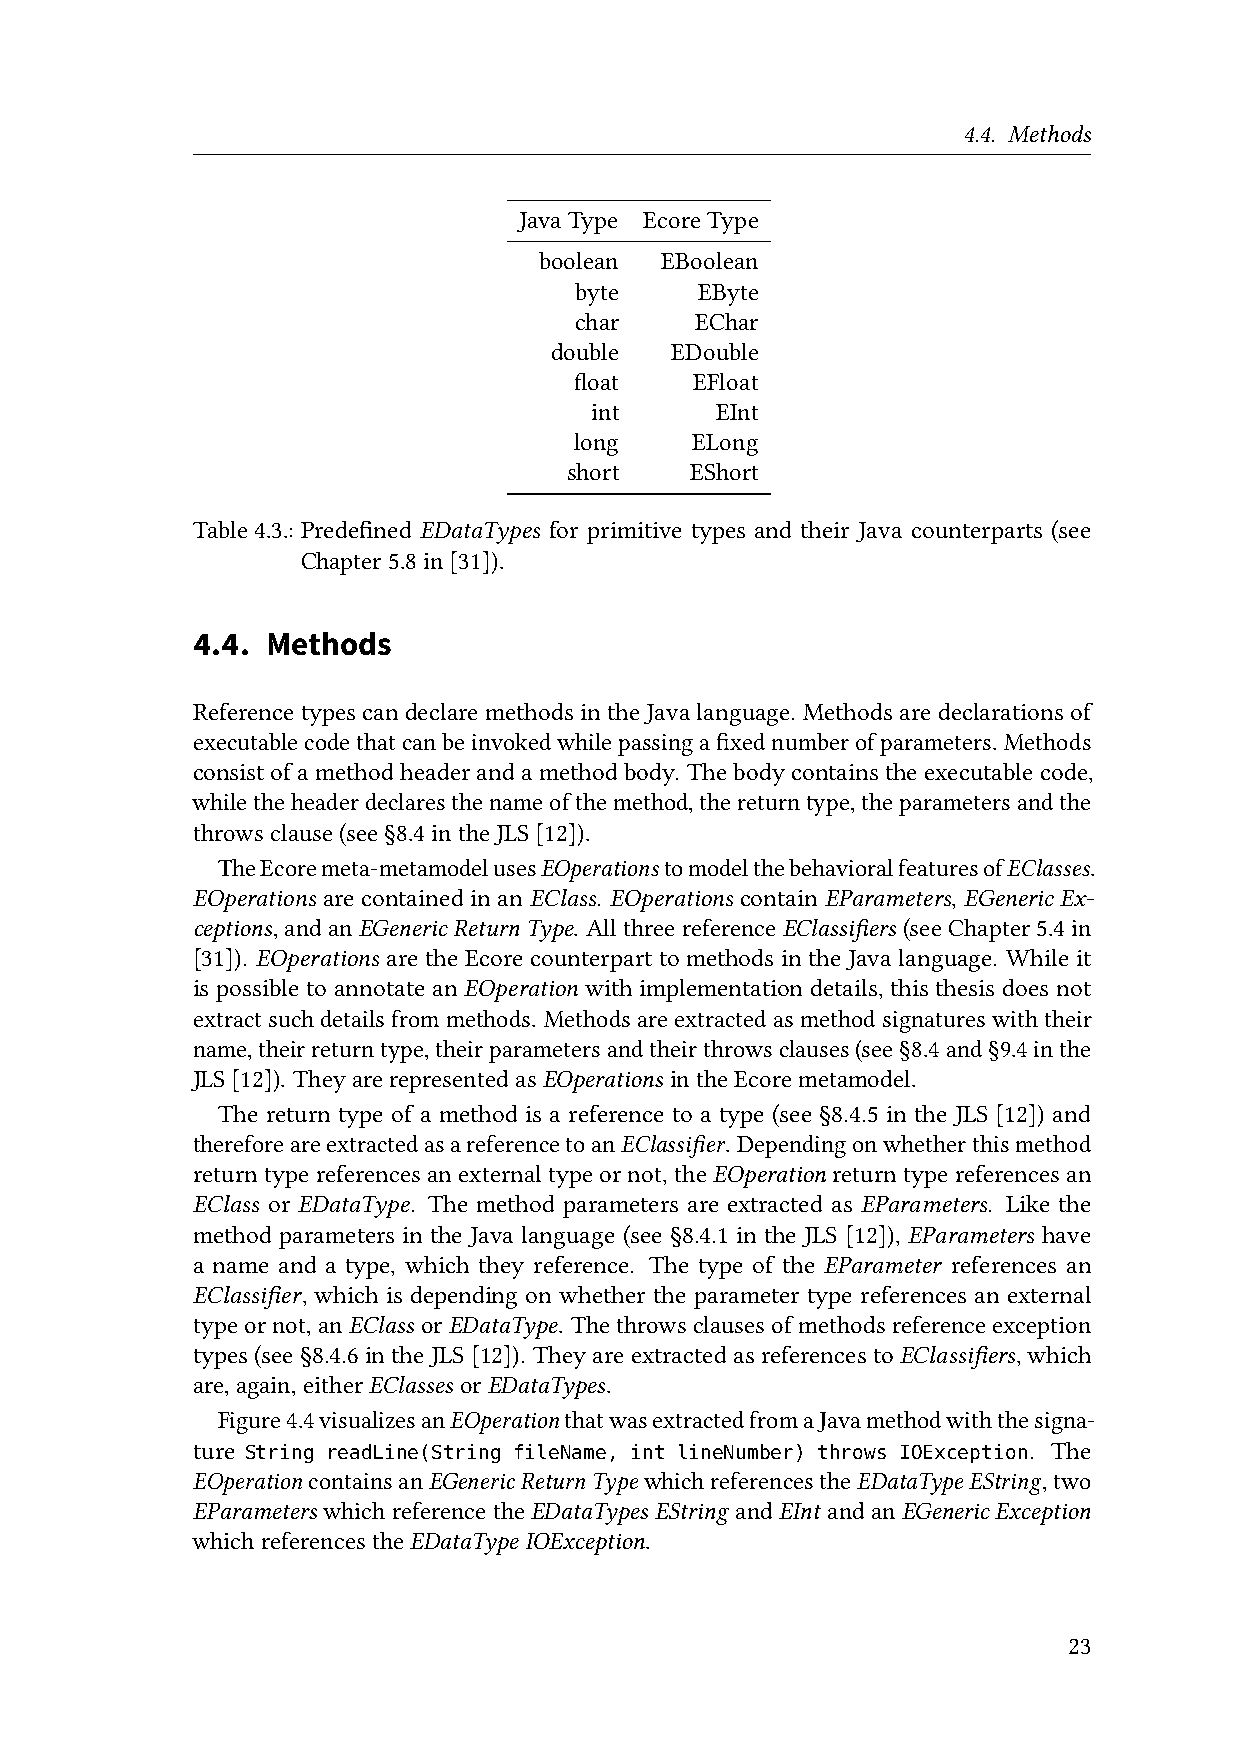
4.4. Methods
 JavaType EcoreType
 boolean EBoolean
 byte    EByte
 char    EChar
 double  EDouble
 float   EFloat
 int     EInt
 long    ELong
 short    EShort
 Table4.3.:Predefined EDataTypes for primitive types and their Java counterparts (see
 Chapter5.8in[31]).
 4.4. Methods
 Reference types candeclare methodsin theJavalanguage. Methodsare declarations of
 executablecodethatcanbeinvokedwhilepassingafixednumberofparameters. Methods
 consistofamethodheaderandamethodbody. Thebodycontainstheexecutablecode,
 whiletheheaderdeclaresthenameofthemethod,thereturntype,theparametersandthe
 throwsclause(see§8.4intheJLS[12]).
 TheEcoremeta-metamodelusesEOperationstomodelthebehavioralfeaturesofEClasses.
 EOperations are contained in an EClass. EOperations contain EParameters, EGeneric Ex-
 ceptions,andan EGenericReturnType. Allthreereference EClassifiers (seeChapter5.4in
 [31]). EOperations are the Ecore counterpart to methods in the Java language. While it
 is possible to annotate an EOperation with implementation details, this thesis does not
 extractsuchdetailsfrommethods. Methodsareextractedasmethodsignatureswiththeir
 name,theirreturntype,theirparametersandtheirthrowsclauses(see§8.4and§9.4inthe
 JLS[12]). TheyarerepresentedasEOperations intheEcoremetamodel.
 The return type of a method is a reference to a type (see §8.4.5 in the JLS [12]) and
 thereforeareextractedasareferencetoanEClassifier. Dependingonwhetherthismethod
 returntypereferencesanexternaltypeornot,theEOperation returntypereferencesan
 EClass or EDataType. The method parameters are extracted as EParameters. Like the
 method parameters in the Java language (see §8.4.1 in the JLS [12]), EParameters have
 a name and a type, which they reference. The type of the EParameter references an
 EClassifier, which is depending on whether the parameter type references an external
 typeornot,anEClass orEDataType. Thethrowsclausesofmethodsreferenceexception
 types(see§8.4.6intheJLS[12]). TheyareextractedasreferencestoEClassifiers,which
 are,again,eitherEClasses orEDataTypes.
 Figure4.4visualizesanEOperationthatwasextractedfromaJavamethodwiththesigna-
 ture                                                   . The
 String readLine(String fileName, int lineNumber) throws IOException
 EOperationcontainsanEGenericReturnType whichreferencestheEDataType EString,two
 EParameters whichreferencetheEDataTypes EString andEInt andanEGenericException
 whichreferencestheEDataType IOException.
 23